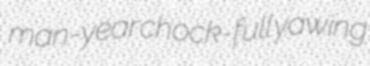
man-year chock-full yawing